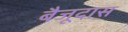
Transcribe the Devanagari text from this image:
बैजूदास